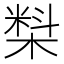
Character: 𰘑